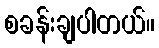
စခန်းချပါတယ်။